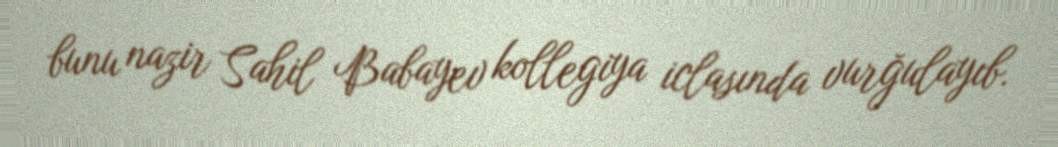
bunu nazir Sahil Babayev kollegiya iclasında vurğulayıb.